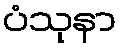
ပံသုနာ